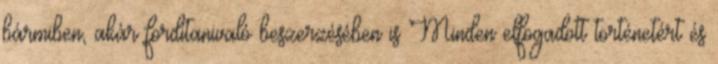
bármiben, akár fordítanivaló beszerzésében is Minden elfogadott történetért és